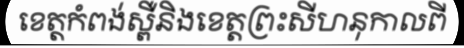
ខេត្តកំពង់ស្ពឺនិងខេត្តព្រះសីហនុកាលពី